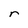
Character: r